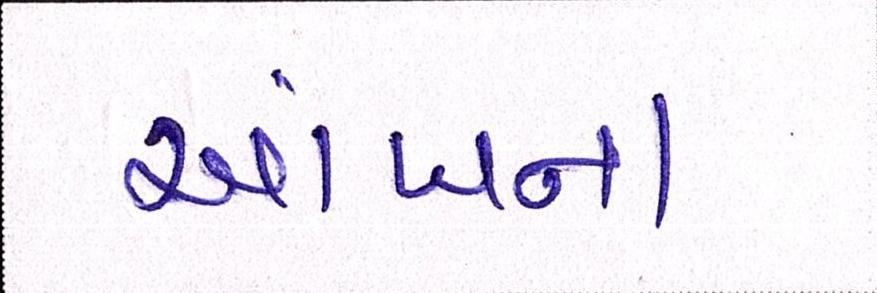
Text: આંખના